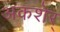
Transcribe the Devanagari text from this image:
अकशेर्